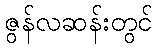
ဇွန်လဆန်းတွင်